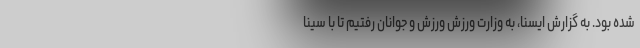
شده بود. به گزارش ایسنا، به وزارت ورزش ورزش و جوانان رفتیم تا با سینا